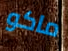
ماكو